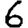
Digit: 6